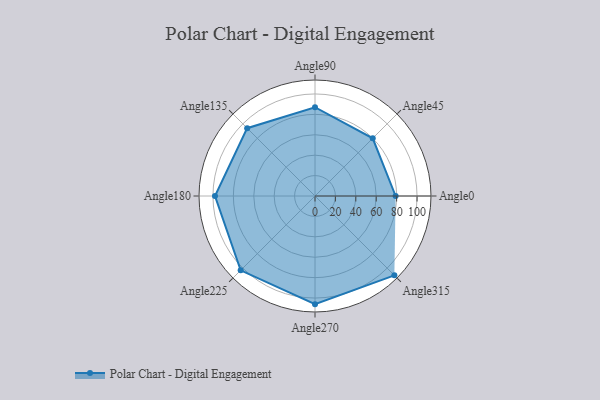
{"axis": {"x": "Angle", "y": "Radius"}, "legend": [""], "data": [{"x": "Angle0", "y": 79.0, "type": ""}, {"x": "Angle45", "y": 80.0, "type": ""}, {"x": "Angle90", "y": 87.0, "type": ""}, {"x": "Angle135", "y": 94.0, "type": ""}, {"x": "Angle180", "y": 98.0, "type": ""}, {"x": "Angle225", "y": 103.0, "type": ""}, {"x": "Angle270", "y": 106.0, "type": ""}, {"x": "Angle315", "y": 110.0, "type": ""}]}